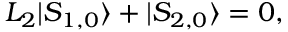
L _ { 2 } | S _ { 1 , 0 } \rangle + | S _ { 2 , 0 } \rangle = 0 ,